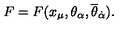
F = F ( x _ { \mu } , \theta _ { \alpha } , { \overline { \theta } } _ { \dot { \alpha } } ) .